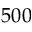
5 0 0